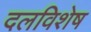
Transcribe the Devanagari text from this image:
दलविशेष